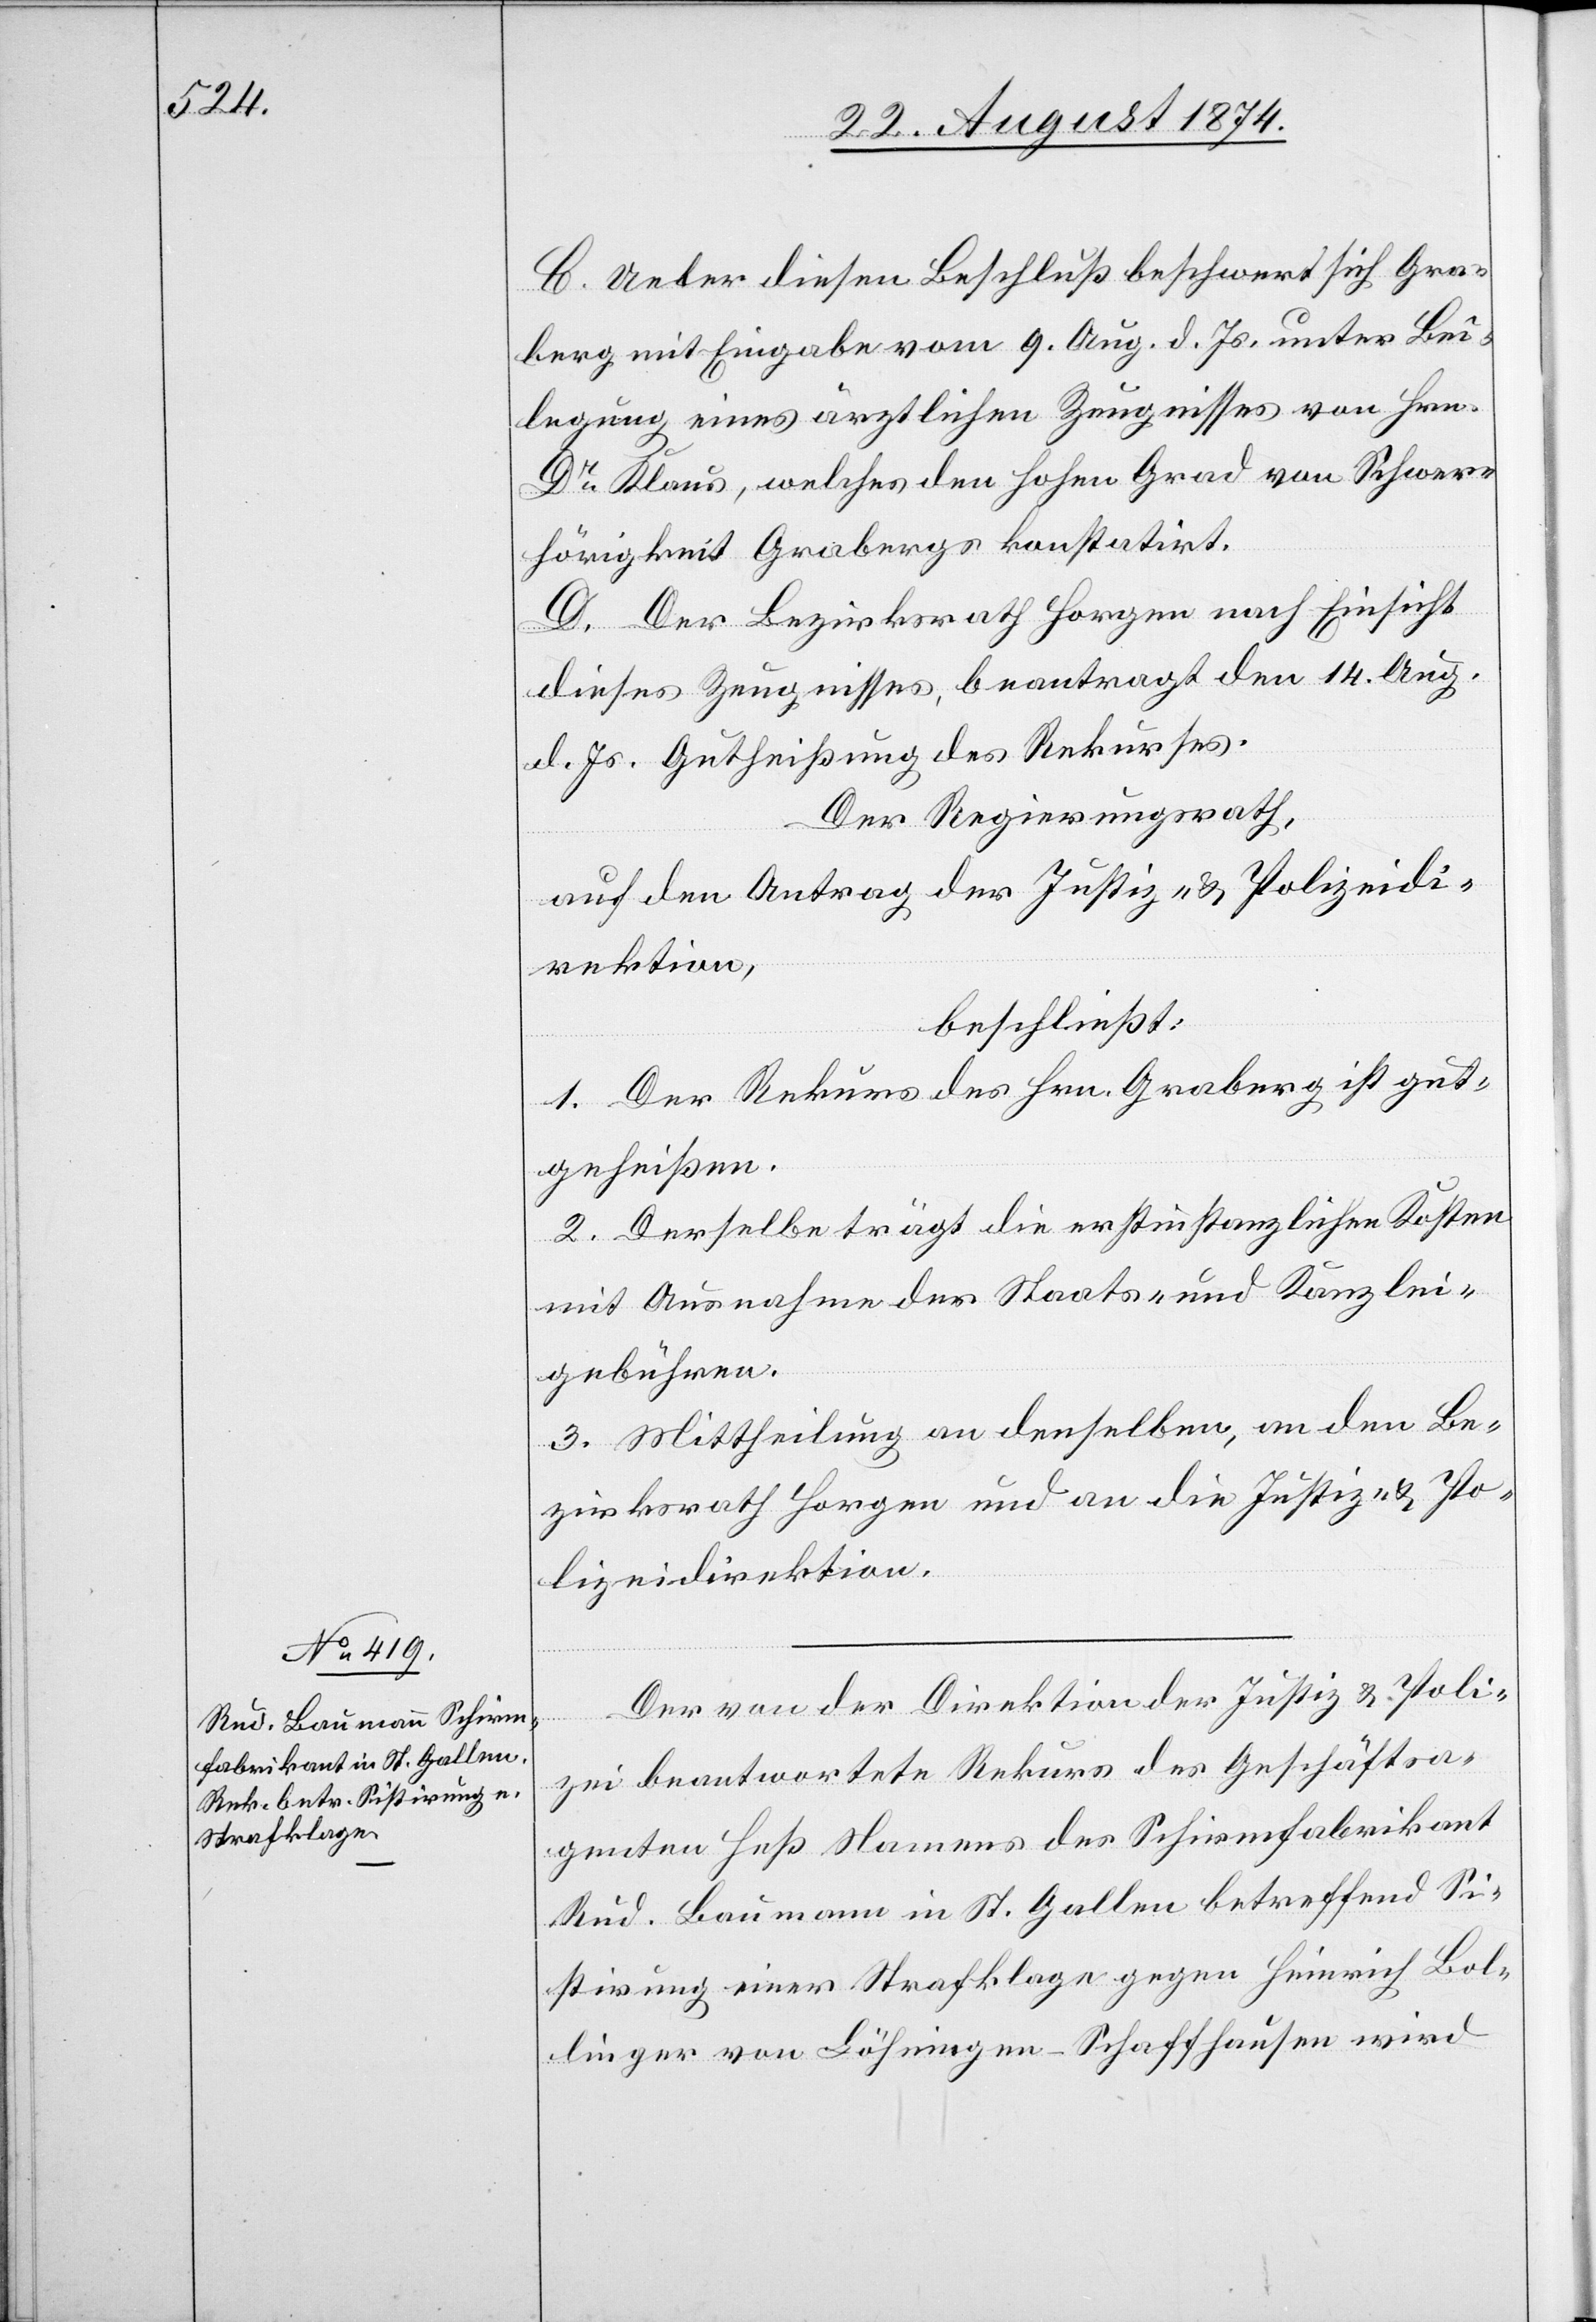
C. Ueber diesen Beschluß beschwert sich Gra¬
berg mit Eingabe vom 9. Aug. d. Js. unter Bei¬
legung eines ärztlichen Zeugnisses von Hrn.
Dr Klaus, welches den hohen Grad von Schwer¬
hörigkeit Grabergs konstatirt.
D. Der Bezirksrath Horgen[,] nach Einsicht
dieses Zeugnisses, beantragt den 14. Aug.
d. Js. Gutheißung des Rekurses.
Der Regierungsrath,
auf den Antrag der Justiz- u. Polizeidi¬
rektion,
beschließt:
1. Der Rekurs des Hrn. Graberg ist gut¬
geheißen.
2. Derselbe trägt die erstinstanzlichen Kosten
mit Ausnahme der Staats- und Kanzlei¬
gebühren.
3. Mittheilung an denselben, an den Be¬
zirksrath Horgen und an die Justiz- u. Po¬
lizeidirektion.
Der von der Direktion der Justiz u. Poli¬
zei beantwortete Rekurs des Geschäftsa¬
genten Heß Namens des Schirmfabrikant
Rud. Baumann in St. Gallen betreffend Si¬
stirung einer Strafklage gegen Heinrich Bol¬
linger von Löhningen-Schaffhausen wird